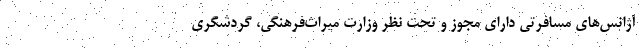
آژانس‌های مسافرتی دارای مجوز و تحت نظر وزارت میراث‌فرهنگی، گردشگری